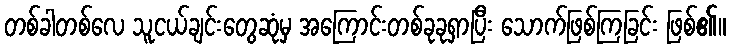
တစ်ခါတစ်လေ သူငယ်ချင်းတွေဆုံမှ အကြောင်းတစ်ခုခုရှာပြီး သောက်ဖြစ်ကြခြင်း ဖြစ်၏။